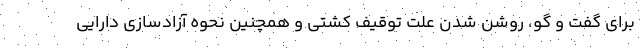
برای گفت و گو، روشن شدن علت توقیف کشتی و همچنین نحوه آزادسازی دارایی